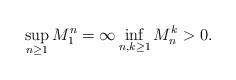
LaTeX: \begin{align*} \sup_{n\geq 1} M_1^n = \infty \inf_{n,k\geq 1} M_n^k >0.\end{align*}